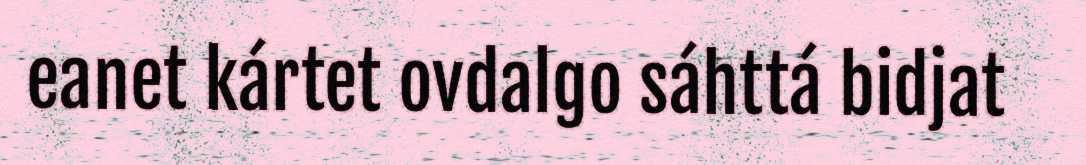
eanet kártet ovdalgo sáhttá bidjat